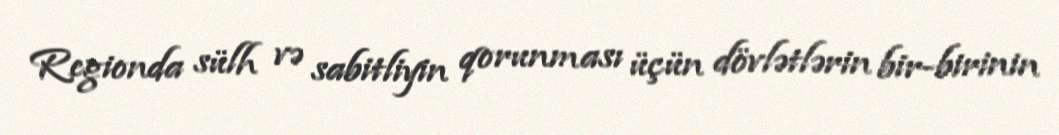
Regionda sülh və sabitliyin qorunması üçün dövlətlərin bir-birinin